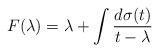
LaTeX: \begin{align*}F(\lambda) =\lambda + \int\frac{d\sigma(t)}{t-\lambda}\end{align*}